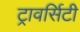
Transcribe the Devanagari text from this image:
ट्रावर्सिटी